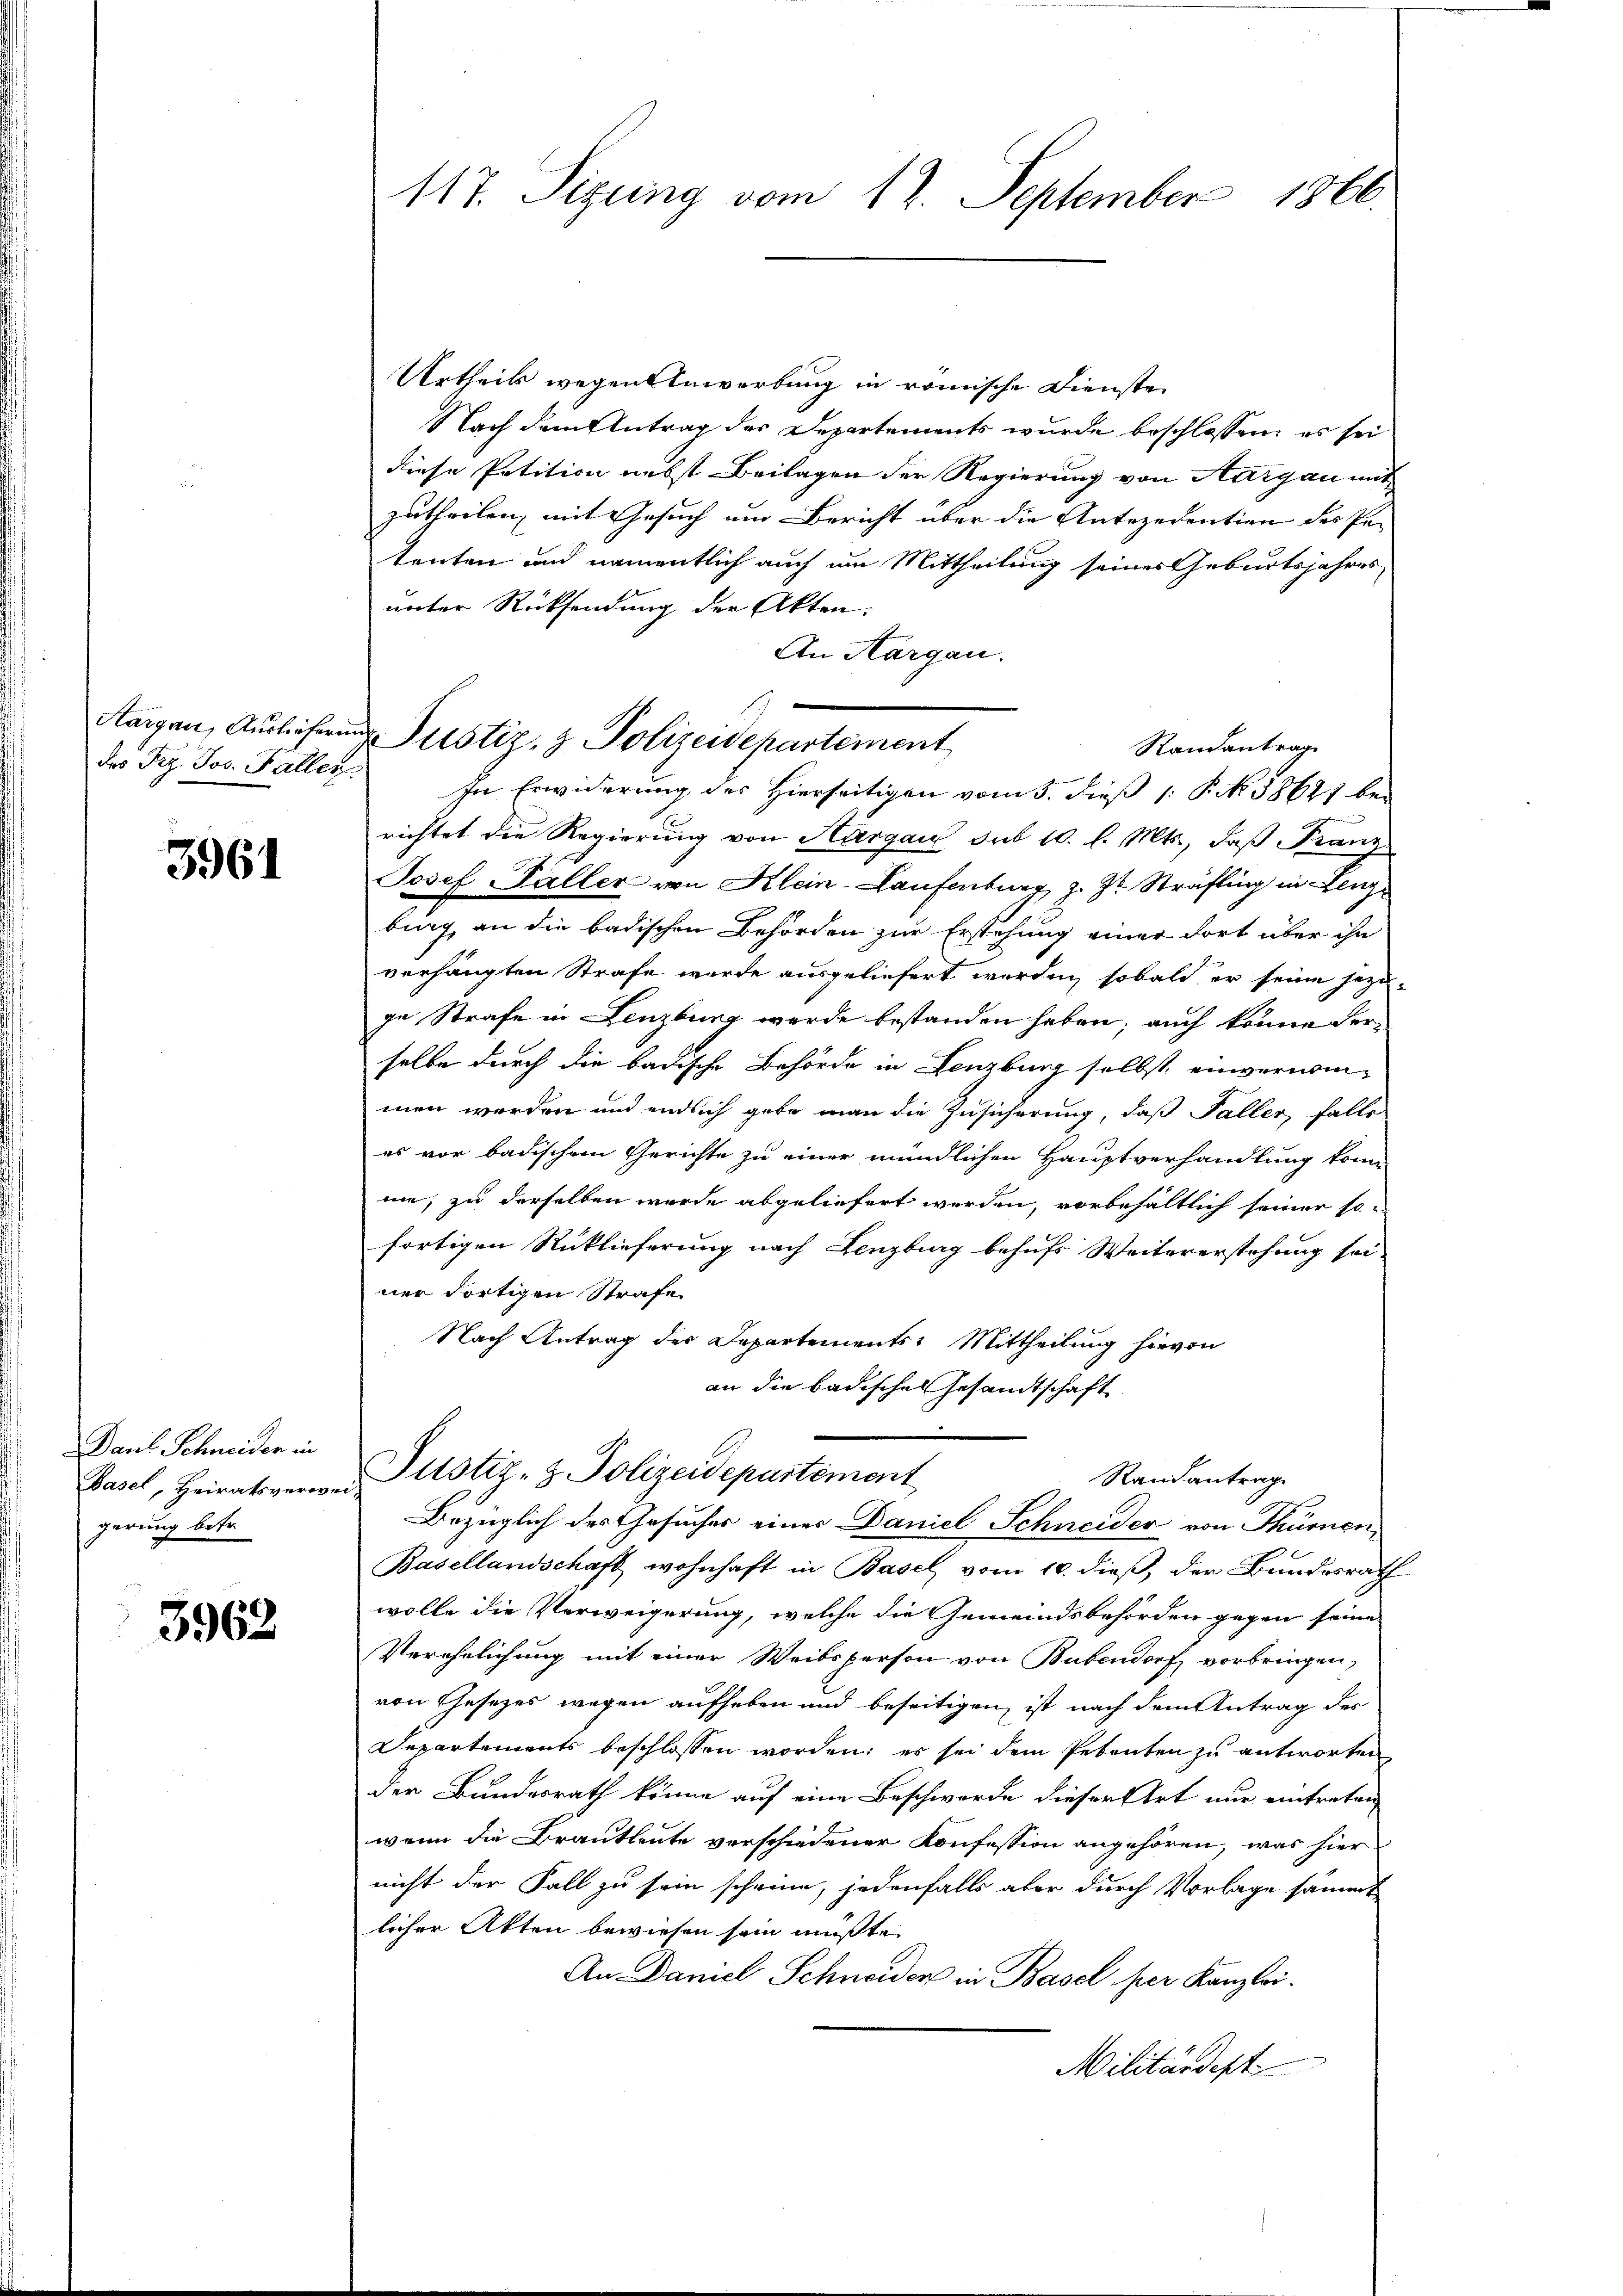
des Frz. Jos. Fallen

3961

Daul Schneider in
Basel, Heiratsverwe
gerung betr.

3962

117. Sizung vom 12. September 1866.

Aargau, Auslieferung Pustiz- & Polizeidepartement

Urtheil wegen Anwerbung in römische Dienste
Nach dem Antrag der Departements wurde beschlossen, es sei
diese Petition nebst Beilagen der Regierung von Aargau mit
zutheilen, mit Gesuch um Bericht über die Antezedention des Pe-
tenten und namentlich auch um Mittheilung seines Geburtsjahres
unter Rücksendung der Akten:
An Aargau.
Randantrag
In Erwiderung des Hierseitigen vom 5. dieß 1 S. 38687 bei
richtet die Regierung von Aargau sub 10. l. Mts., daß Franz
Josef Faller von Klein-Laufenburg, z. Zt. Sträfling in Lenzbing, an die badischen Behörden zur Erstehung einer dort über ihn
verhängten Strafe werde ausgeliefert werden, sobald er seine jezige Strafe in Lenzburg werde bestanden haben; auch könne derselbe durch die badische Behörde in Lenzburg selbst, einvernommen werden und endlich gebe man die Zusicherung, daß Faller, falls
es vor badischem Gerichte zu einer mündlichen Hauptverhandlung konn
me, zu derselben wurde abgeliefert werden, vorbehältlich seiner sofortigen Rücklieferung nach Lenzburg behufs Weitererstehung sei-
ner dortigen Strafe
Nach Antrag der Departements Mittheilung hievon
an die badisches Gesandtschaft
Justiz- & Polizeidepartement
Randantrag
Bezüglich des Gesuches eines Daniel Schneider von Thüren,
Basellandschaft wohnhaft in Basel vom 10. dieß, der Bundesrath
wolle die Verweigerung, welche die Gemeindsbehörden gegen seine
Verehelichung mit einer Weibsperson von Bubendorf vorbringen,
von Gesezes wegen aufheben und beseitigen, ist nach dem Antrag des
Departements beschlossen worden; es sei dem Petenten zu antworten
der Bundesrath könne auf eine Beschwerde dieser Art nur eintreten
wenn die Brautleute verschiedener Konfession angehören, was hier
nicht der Fall zu sein scheine, jedenfalls aber durch Vorlage sämmt
licher Akten bewiesen sein mußte.
An Daniel Schneiden in Basel per Kanzlei.
Militärdept